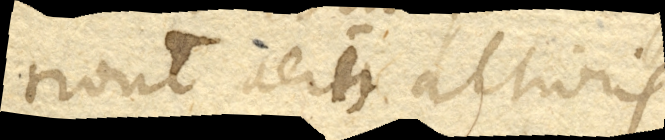
tionem aeris altioris.